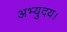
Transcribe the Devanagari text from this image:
अभ्युदय।